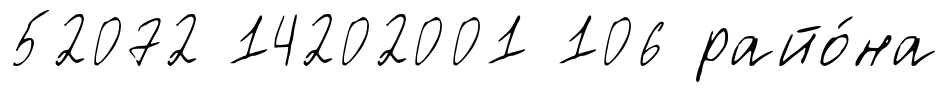
52072 14202001 106 райо́на